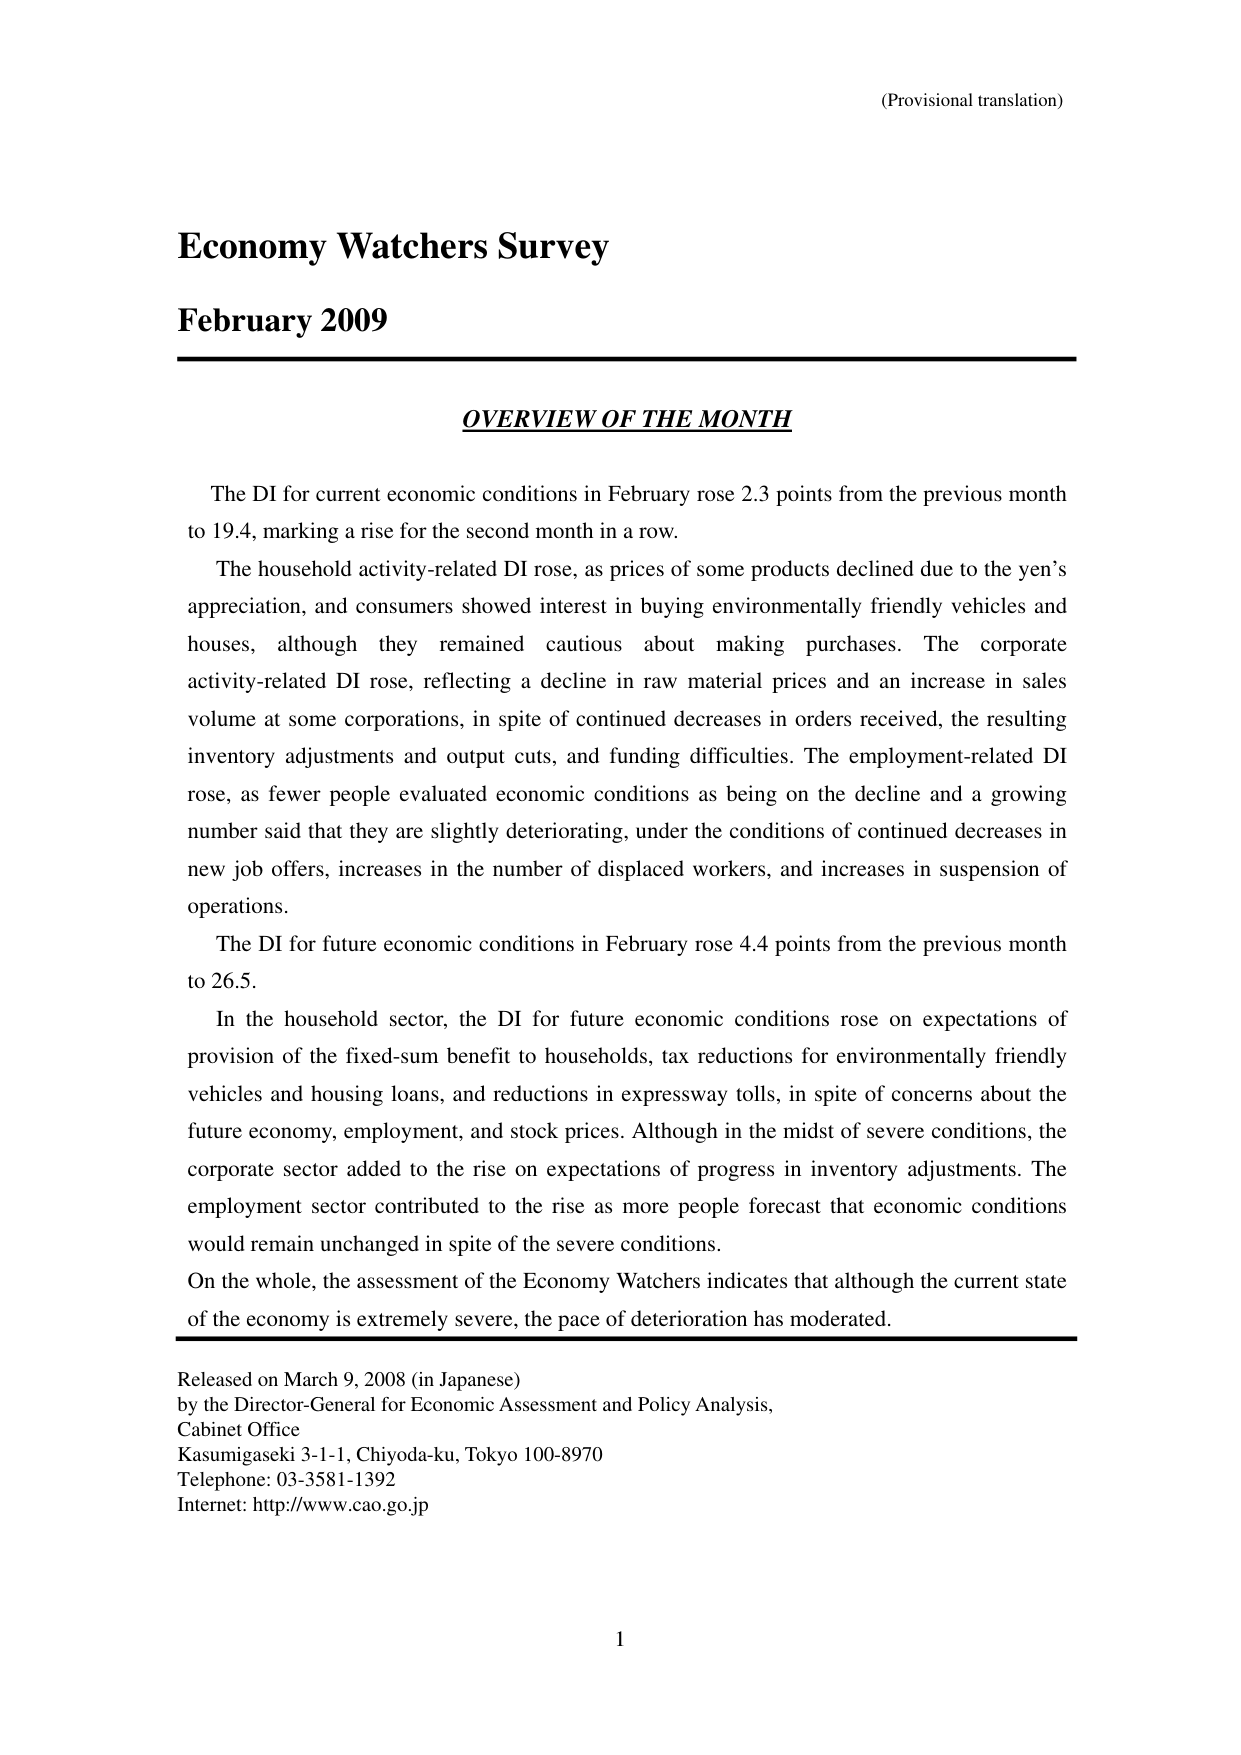
(Provisional translation)

Economy Watchers Survey
February 2009

OVERVIEW OF THE MONTH

The DI for current economic conditions in February rose 2.3 points from the previous month to 19.4, marking a rise for the second month in a row.
The household activity-related DI rose, as prices of some products declined due to the yen’s appreciation, and consumers showed interest in buying environmentally friendly vehicles and houses, although they remained cautious about making purchases. The corporate activity-related DI rose, reflecting a decline in raw material prices and an increase in sales volume at some corporations, in spite of continued decreases in orders received, the resulting inventory adjustments and output cuts, and funding difficulties. The employment-related DI rose, as fewer people evaluated economic conditions as being on the decline and a growing number said that they are slightly deteriorating, under the conditions of continued decreases in new job offers, increases in the number of displaced workers, and increases in suspension of operations.
The DI for future economic conditions in February rose 4.4 points from the previous month to 26.5.
In the household sector, the DI for future economic conditions rose on expectations of provision of the fixed-sum benefit to households, tax reductions for environmentally friendly vehicles and housing loans, and reductions in expressway tolls, in spite of concerns about the future economy, employment, and stock prices. Although in the midst of severe conditions, the corporate sector added to the rise on expectations of progress in inventory adjustments. The employment sector contributed to the rise as more people forecast that economic conditions would remain unchanged in spite of the severe conditions.
On the whole, the assessment of the Economy Watchers indicates that although the current state of the economy is extremely severe, the pace of deterioration has moderated.

Released on March 9, 2008 (in Japanese)
by the Director-General for Economic Assessment and Policy Analysis,
Cabinet Office
Kasumigaseki 3-1-1, Chiyoda-ku, Tokyo 100-8970
Telephone: 03-3581-1392
Internet: http://www.cao.go.jp

1